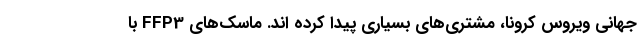
جهانی ویروس کرونا، مشتری‌های بسیاری پیدا کرده اند. ماسک‌های FFP3 با